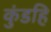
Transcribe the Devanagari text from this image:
कुंडहि